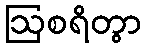
ဩစရိတွာ